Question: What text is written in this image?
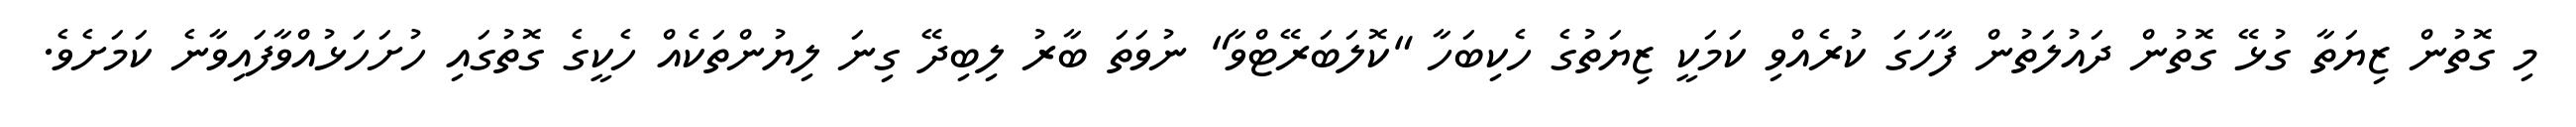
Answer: މި ގޮތުން ޒިޔަތާ ގުޅޭ ގޮތުން ދައުލަތުން ފާހަގަ ކުރެއްވި ކަމަކީ ޒިޔަތުގެ ހެކިބަހާ "ކޮލަބަރޭޓްވާ" ނުވަތަ ބާރު ލިބިދޭ ގިނަ ލިޔުންތަކެއް ހެކީގެ ގޮތުގައި ހުށަހަޅުއްވާފައިވާނެ ކަމަށެވެ.